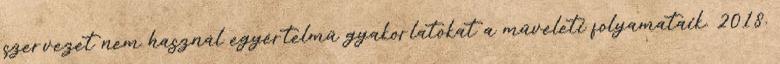
szervezet nem használ egyértelmű gyakorlatokat a műveleti folyamataik. 2018.